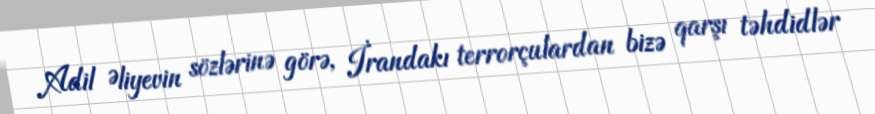
Adil Əliyevin sözlərinə görə, İrandakı terrorçulardan bizə qarşı təhdidlər